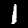
Digit: 1